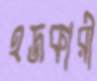
হজকারী